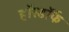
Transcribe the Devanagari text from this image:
हॉस्डॉर्फ